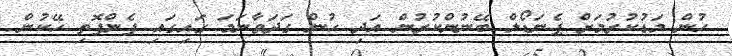
ހުން މަޑުކުރުމަށް ޕެނަޑޯލް ބޭނުންކުރުން އަދި ހުން ގަދަވާނަމަ ގައިގައި ފެންފޮތި ހޭކުން